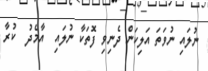
ނުލައި ނުވަތަ އަލިކަން ދެނިވި ފޮތަކާ ނުލައި  އާމެދު  ކުރާ